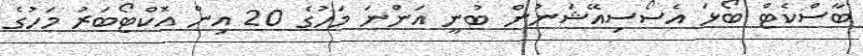
ބާސްކެޓް ބޯޅަ އެސޯސިއޭޝަނުން ބުނީ އަންނަ މަހުގެ 20 އިން އޮކްޓޯބަރު މަހުގެ